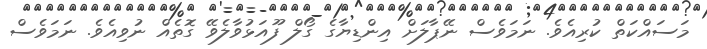
މަސައްކަތް ކުރިއެވެ. ނަމަވެސް ނޭޕާލަށް އިންޑިޔާގެ ގޯލް ފޫއަޅުވާލެވޭ ގޮތެއް ނުވިއެވެ. ނަމަވެސް